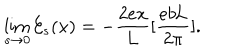
\lim _ { s \to 0 } { \cal E } _ { s } ( x ) = - \frac { 2 e x } { \mathrm { L } } [ \frac { e b \mathrm { L } } { 2 \pi } ] .